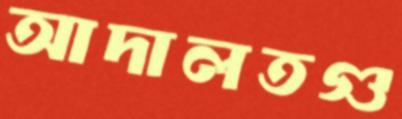
আদালতগু